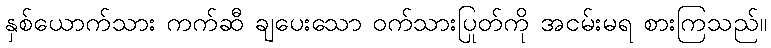
နှစ်ယောက်သား ကက်ဆီ ချပေးသော ဝက်သားပြုတ်ကို အငမ်းမရ စားကြသည်။